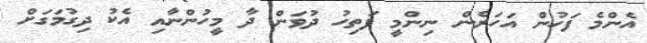
އެންމެ ފަހުން އަހަރެން ނިންމީ ފަތިހު ދުވަން ދާ މީހުންނާއި އެކު ދިގުމަގަށް